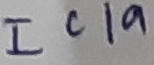
Text: ICIa